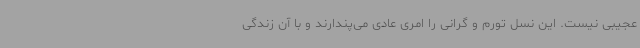
عجیبی نیست. این نسل تورم و گرانی را امری عادی می‌پندارند و با آن زندگی